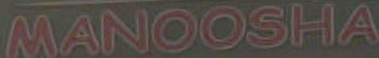
MANOOSHA